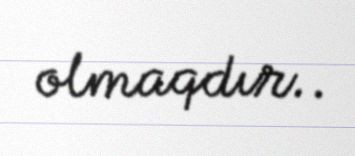
olmaqdır..